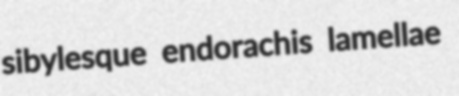
sibylesque endorachis lamellae